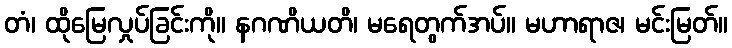
တံ၊ ထိုမြေလှုပ်ခြင်းကို။ နဂဏိယတိ၊ မရေတွက်အပ်။ မဟာရာဇ၊ မင်းမြတ်။